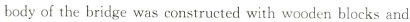
body of the bridge was constructed with wooden blocks and